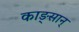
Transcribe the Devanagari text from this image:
काङ्सान्